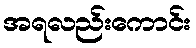
အရလည်းကောင်း